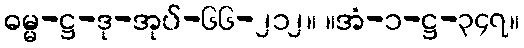
ဓမ္မ-ဋ္ဌ-ဒု-အုပ်-၆၆-၂၁၂။ ။အံ-၁-ဋ္ဌ-၃၄၇။